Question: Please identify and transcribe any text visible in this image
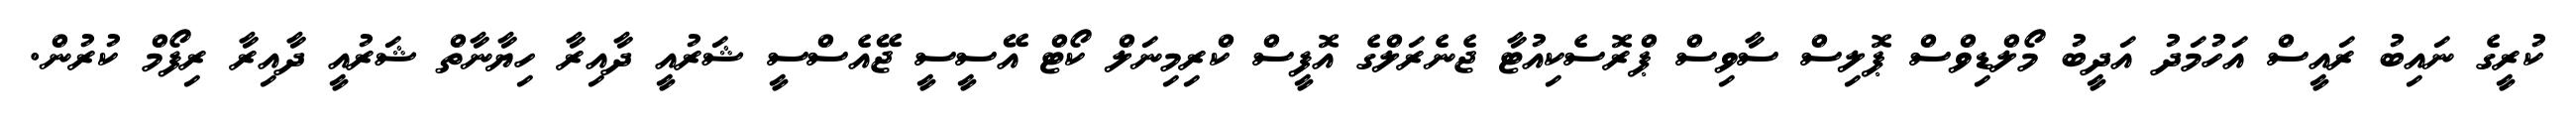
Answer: ކުރީގެ ނައިބު ރައީސް އަހުމަދު އަދީބު މޯލްޑިވްސް ޕޮލިސް ސާވިސް ޕްރޮސެކިއުޓާ ޖެނެރަލްގެ އޮފީސް ކްރިމިނަލް ކޯޓް އޭސީސީ ޖޭއެސްސީ ޝަރުއީ ދާއިރާ ހިޔާނާތް ޝަރުއީ ދާއިރާ ރިފޯމް ކުރުން.